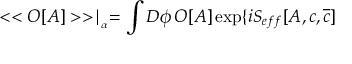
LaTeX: < < O [ A ] > > \mid _ { _ { \alpha } } = \int D \phi \, O [ A ] \exp \{ i S _ { e f f } [ A , c , \overline { { { c } } } ]